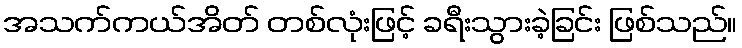
အသက်ကယ်အိတ် တစ်လုံးဖြင့် ခရီးသွားခဲ့ခြင်း ဖြစ်သည်။